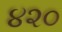
૪૨૦